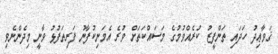
ޤަވާޢިދު ހަދައި ތަންފީޒު ކުރެއްވުމުގެ މަސައްކަތަށް ވުރެ އެމަނިކުފާނު ފަރިތަފުޅު ވާނީ މިދެންނެވި